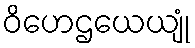
ဝိဟေဌယေယျုံ